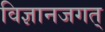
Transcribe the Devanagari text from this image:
विज्ञानजगत्‌